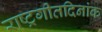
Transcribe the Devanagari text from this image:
राष्ट्रगीतदिनांक